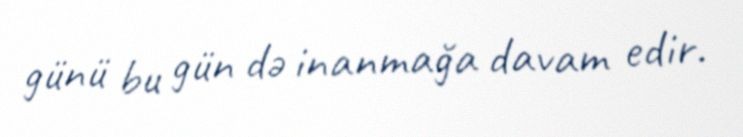
günü bu gün də inanmağa davam edir.